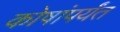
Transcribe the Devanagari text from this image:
कोषांपर्यंत